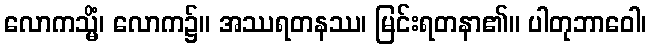
လောကသ္မိံ၊ လောက၌။ အဿရတနဿ၊ မြင်းရတနာ၏။ ပါတုဘာဝေါ၊